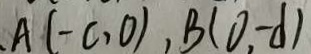
A ( - c , 0 ) , B ( 0 , - d )